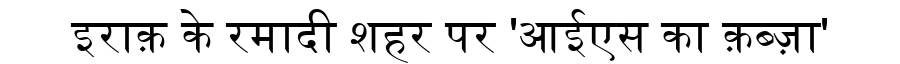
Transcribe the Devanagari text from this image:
इराक़ के रमादी शहर पर 'आईएस का क़ब्ज़ा'